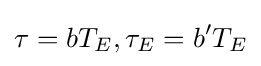
\tau =bT_{E},\tau _{E}=b'T_{E}